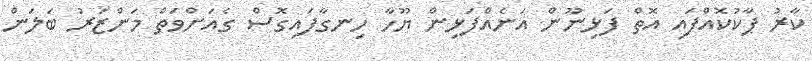
ކާރު ޕާކުކޮއްފައި އޮތް ފަޅިނޫން އަނެއްފަޅިން ޔޫހާ ހިނގާފައިގޮސް ގެއަށްވަތް މަންޒަރު ބަލަން